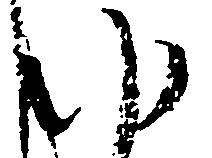
ゆ